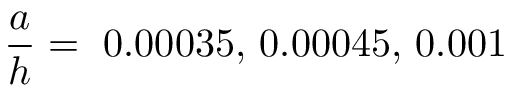
\frac { a } { h } = ~ 0 . 0 0 0 3 5 , \thinspace 0 . 0 0 0 4 5 , \thinspace 0 . 0 0 1